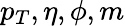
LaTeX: p_{T},\eta,\phi,m